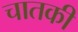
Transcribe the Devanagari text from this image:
चातकी